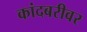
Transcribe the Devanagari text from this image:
कांदबरीवर